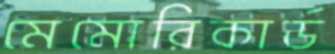
মেমোরিকার্ড